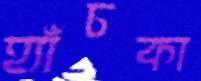
হ্যাঁচকা